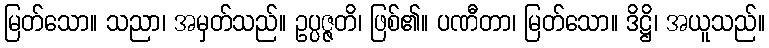
မြတ်သော။ သညာ၊ အမှတ်သည်။ ဥပ္ပဇ္ဇတိ၊ ဖြစ်၏။ ပဏီတာ၊ မြတ်သော။ ဒိဋ္ဌိ၊ အယူသည်။